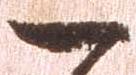
一